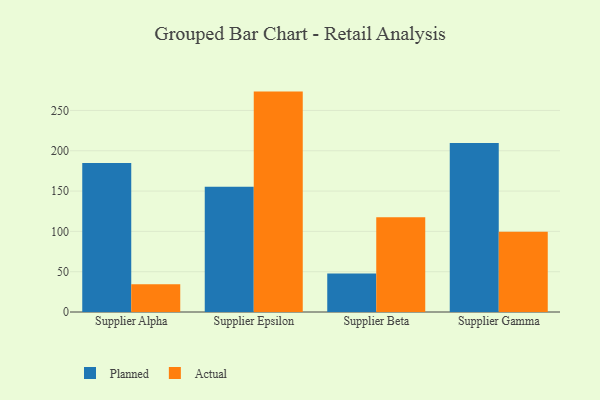
{"axis": {"x": "Supplier", "y": "Tickets Resolved"}, "legend": ["Actual", "Planned"], "data": [{"x": "Supplier Alpha", "y": 184.7, "type": "Planned"}, {"x": "Supplier Alpha", "y": 34.5, "type": "Actual"}, {"x": "Supplier Epsilon", "y": 155.3, "type": "Planned"}, {"x": "Supplier Epsilon", "y": 273.4, "type": "Actual"}, {"x": "Supplier Beta", "y": 47.8, "type": "Planned"}, {"x": "Supplier Beta", "y": 117.6, "type": "Actual"}, {"x": "Supplier Gamma", "y": 209.7, "type": "Planned"}, {"x": "Supplier Gamma", "y": 99.5, "type": "Actual"}]}